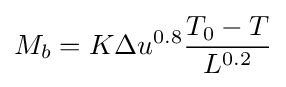
M_{b}=K\Delta u^{0.8}{\frac {T_{0}-T}{L^{0.2}}}